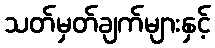
သတ်မှတ်ချက်များနှင့်